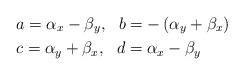
LaTeX: \begin{align*} & a={{\alpha }_{x}}-{{\beta }_{y}},~~b=-\left( {{\alpha }_{y}}+{{\beta }_{x}} \right) \\ & c={{\alpha }_{y}}+{{\beta }_{x}},~~d={{\alpha }_{x}}-{{\beta }_{y}} \end{align*}